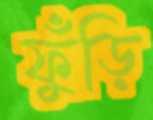
ফুঁড়ি